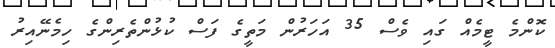
ކޮންމެ ޓީމެއް ގައި ވެސް 35 އަހަރުން މަތީގެ ފަސް ކުޅުންތެރިންގެ ހިމެނޭއިރު